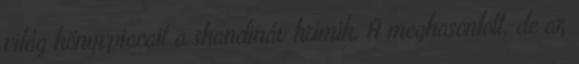
világ könyvpiacait a skandináv krimik. A meghasonlott, de az